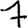
Digit: 7